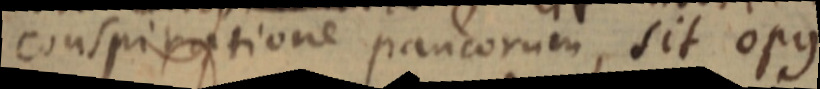
conspiratione paucorum, sit opus.